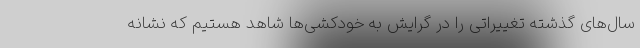
سال‌های گذشته تغییراتی را در گرایش به خودکشی‌ها شاهد هستیم که نشانه